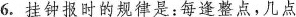
6.挂钟报时的规律是：每逢整点，几点